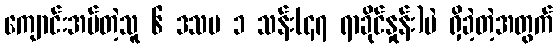
ကျောင်းအပ်တဲ့သူ ၆ ဒသမ ၁ သန်း(၄၇ ရာခိုင်နှုန်း)ပဲ ရှိခဲ့တဲ့အတွက်